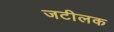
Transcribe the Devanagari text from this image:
जटीलक